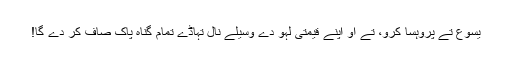
یسوع تے پروہسا کرو، تے اُو اپنے قیمتی لہو دے وسیلے نال تہاڈے تمام گناہ پاک صاف کر دے گا!